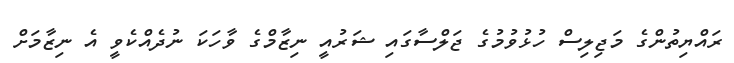
ރައްޔިތުންގެ މަޖިލިސް ހުޅުވުމުގެ ޖަލްސާގައި ޝަރުއީ ނިޒާމްގެ ވާހަކަ ނުދެއްކެވީ އެ ނިޒާމަށް